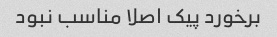
برخورد پیک اصلا مناسب نبود